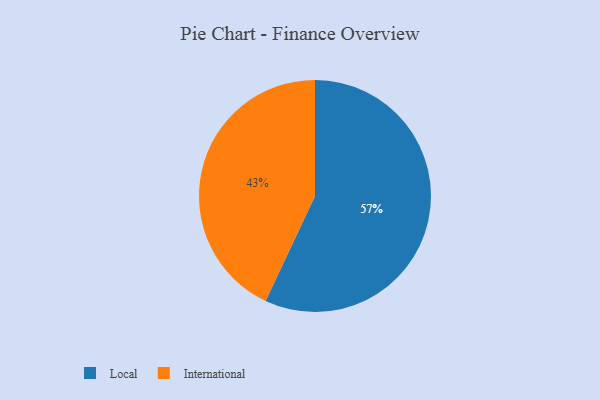
{"axis": {"x": "Category", "y": "Percentage"}, "legend": ["International", "Local"], "data": [{"x": "Local", "y": 57, "type": "Local"}, {"x": "International", "y": 43, "type": "International"}]}